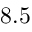
8 . 5